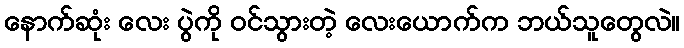
နောက်ဆုံး လေး ပွဲကို ဝင်သွားတဲ့ လေးယောက်က ဘယ်သူတွေလဲ။